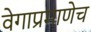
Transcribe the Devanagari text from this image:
वेगाप्रमाणेच